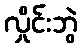
လှိုင်းဘွဲ